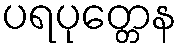
ပရပုတ္တေန